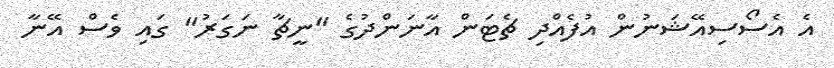
އެ އެސޯސިއޭޝަނުން އުފެއްދި ޗެޓަން އާނަންދުގެ "ނީޗާ ނަގަރު" ގައި ވެސް އޭނާ